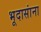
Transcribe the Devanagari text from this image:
भूदासांना